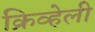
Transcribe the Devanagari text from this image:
क्रिव्हेली